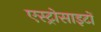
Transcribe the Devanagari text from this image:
एस्ट्रोसाइटों